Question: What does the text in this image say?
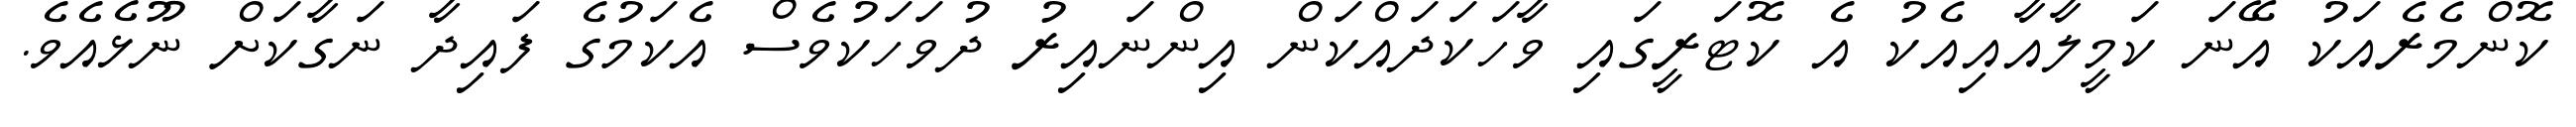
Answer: ކޮންމެރެއަކު އޭނަ ކަމީލާއާއިއެކު އެ ކޮޓަރީގައި ވާހަކަދައްކަން އިންނައިރު ދުވަހަކުވެސް އެކަމުގެ ފައިދާ ނަގާކަށް ނޫޅެއެވެ.